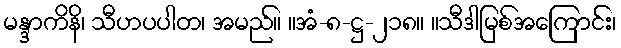
မန္ဒာကိနိ၊ သီဟပပါတ၊ အမည်။ ။အံ-၈-ဋ္ဌ-၂၁၈။ ။သီဒါမြစ်အကြောင်း၊